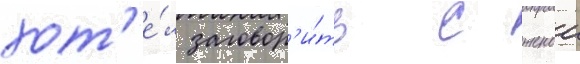
хот'е́л заговор'и́ть с женои